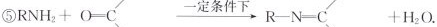
⑤$$R N H _ { 2 } + O = C \xrightarrow {一 定 条 件 下 } R - N = C + H _ { 2 } O$$.